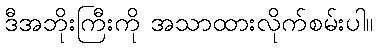
ဒီအဘိုးကြီးကို အသာထားလိုက်စမ်းပါ။